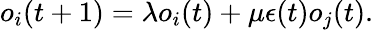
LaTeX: o_{i}(t+1)=\lambda o_{i}(t)+\mu\epsilon(t)o_{j}(t).